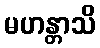
မဟန္တာသိ